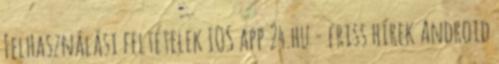
Felhasználási feltételek IOS app 24.hu - friss hírek Android